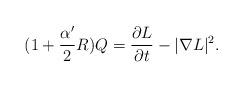
LaTeX: \begin{align*}(1+\frac{\alpha'}{2}R)Q=\frac{\partial L}{\partial t}-|\nabla L|^2.\end{align*}